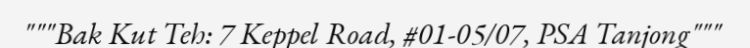
"""Bak Kut Teh: 7 Keppel Road, #01-05/07, PSA Tanjong"""